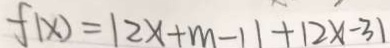
f ( x ) = 1 2 x + m - 1 1 + 1 2 x - 3 1